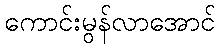
ကောင်းမွန်လာအောင်